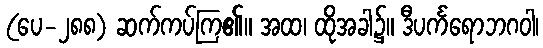
(ပေ-၂၈၈) ဆက်ကပ်ကြ၏။ အထ၊ ထိုအခါ၌။ ဒီပင်္ကရောဘဂဝါ၊